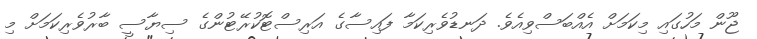
ޖޫން މަހުގައި މިކަމަށް އެއްބަސްވިއެވެ. ދަނޑުވެރިކަމާ ފައިސާގެ އަރިސްޓޮކުރޭޓުންގެ ސިޔާސީ ބާރުވެރިކަމަށް މި